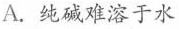
A.纯碱难溶于水